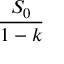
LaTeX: \frac { S _ { 0 } } { 1 - k }